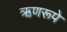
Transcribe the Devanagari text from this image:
ऋणरूपे